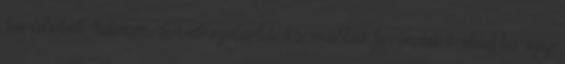
területet három évvel ezelœtt 15 millió forintért eladta egy